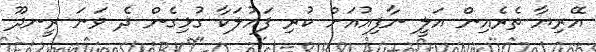
އޭރިޔާ ތެރެއިން އަލީ ނާފިއުއަށް ކުރި ފައުލަކާ ގުޅިގެން ދެ ވަނަ ރީނދޫ